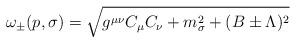
LaTeX: \begin{align*}\omega_\pm (p,\sigma )=\sqrt{g^{\mu\nu}C_\mu C_\nu +m^2_\sigma +(B\pm\Lambda)^2}\end{align*}